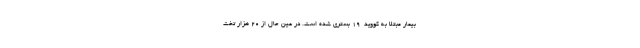
بیمار مبتلا به کووید-۱۹ بستری شده است. در عین حال از ۲۰ هزار تخت